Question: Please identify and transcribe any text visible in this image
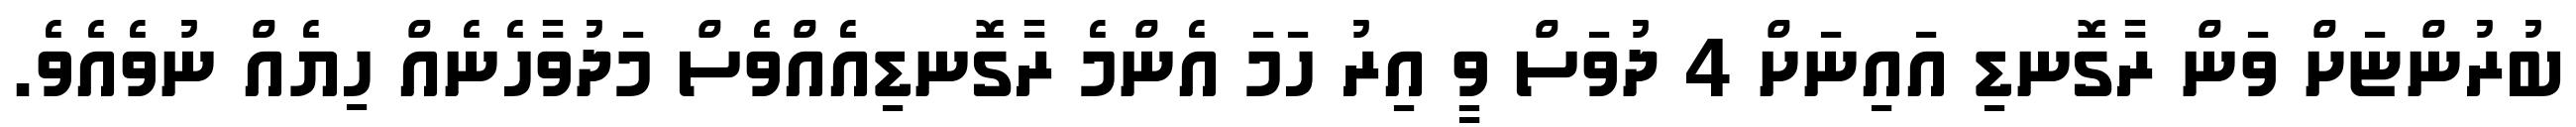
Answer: ބުރުންޏަށް ވަން ރާގޮނޑި އައިނަށް 4 ދުވަސް ވީ އިރު ހަމަ އެންމެ ރާގޮނޑިއެއްވެސް މަދުވާހެނެއް ހިޔެއް ނުވެއެވެ.